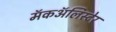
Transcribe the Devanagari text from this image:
मॅकॲलिस्टेर